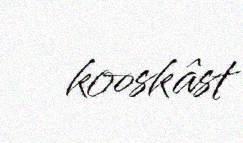
kooskâst